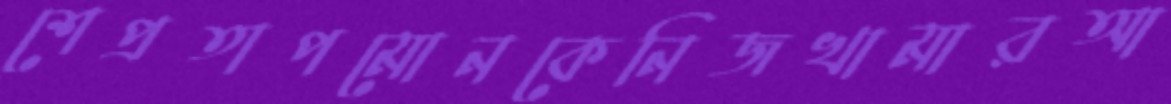
শেপ্রতাপমোনকেনিজখামারআ